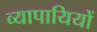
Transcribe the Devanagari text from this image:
व्यापायियों